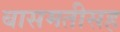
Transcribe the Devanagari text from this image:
बासमतीसह